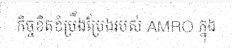
កិច្ចខិតខំប្រឹងប្រែងរបស់ AMRO ក្នុង